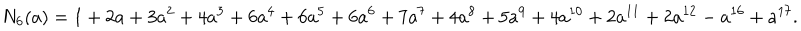
N _ { 6 } ( a ) = 1 + 2 a + 3 a ^ { 2 } + 4 a ^ { 3 } + 6 a ^ { 4 } + 6 a ^ { 5 } + 6 a ^ { 6 } + 7 a ^ { 7 } + 4 a ^ { 8 } + 5 a ^ { 9 } + 4 a ^ { 1 0 } + 2 a ^ { 1 1 } + 2 a ^ { 1 2 } - a ^ { 1 6 } + a ^ { 1 7 } .